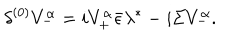
{ \delta ^ { ( 0 ) } V _ { - } ^ { \alpha } = i V _ { + } ^ { \alpha } \bar { \epsilon } \lambda ^ { * } - i \Sigma V _ { - } ^ { \alpha } . }